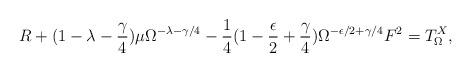
LaTeX: \begin{align*}R+ (1- \lambda - \frac{\gamma}{4} ) \mu \Omega^{- \lambda -\gamma /4 } - \frac{1}{4} (1 - \frac{\epsilon}{2} + \frac{\gamma}{4} ) \Omega^{-\epsilon /2 + \gamma /4} F^2 =T^{X}_{\Omega} ,\end{align*}